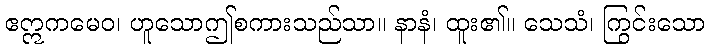
ဧဣကမေဝ၊ ဟူသောဤစကားသည်သာ။ နာနံ၊ ထူး၏။ သေသံ၊ ကြွင်းသော